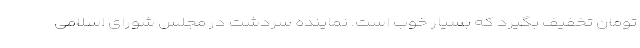
تومان تخفیف بگیرد که بسیار خوب است. نماینده سردشت در مجلس شورای اسلامی